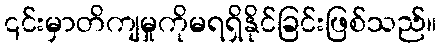
၎င်းမှာတိကျမှုကိုမရရှိနိုင်ခြင်းဖြစ်သည်။